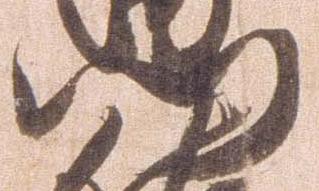
門